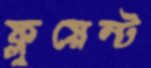
ফ্লুয়েন্ট